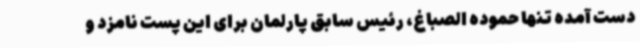
دست آمده تنها حموده الصباغ، رئیس سابق پارلمان برای این پست نامزد و